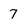
Character: 7